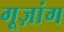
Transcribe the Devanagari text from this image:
गूज़ांग